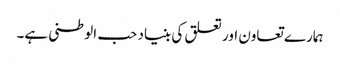
ہمارے تعاون اور تعلق کی بنیاد حب الوطنی ہے۔